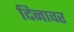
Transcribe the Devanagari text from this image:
दिनावर